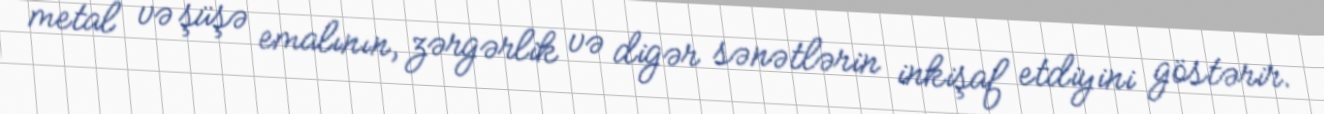
metal və şüşə emalının, zərgərlik və digər sənətlərin inkişaf etdiyini göstərir.